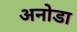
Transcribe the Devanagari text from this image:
अनोडा